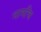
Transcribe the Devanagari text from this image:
नामचि